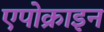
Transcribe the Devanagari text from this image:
एपोक्राइन